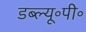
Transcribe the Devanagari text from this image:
डब्ल्यू॰पी॰